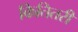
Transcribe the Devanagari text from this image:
कितितरी